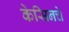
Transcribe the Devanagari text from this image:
केसिनचे